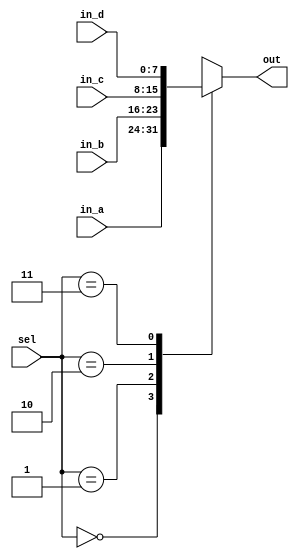
module mux4
    #(parameter N = 8) (
        input [N-1:0] in_a, in_b, in_c, in_d,
        input [1:0] sel,
        output reg [N-1:0] out
    );

always @(*) begin
    case(sel)
        'b00: out = in_a;
        'b01: out = in_b;
        'b10: out = in_c;
        'b11: out = in_d;
    endcase
end
endmodule